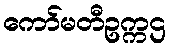
ကော်မတီဥက္ကဌ